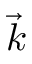
\vec { k }